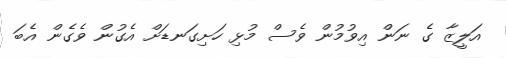
އަލީޒާ ގެ ނަން އިވުމުން ވެސް މުޅި ހަށިގަނޑަށް އެގުން ވެގެން އެބަ